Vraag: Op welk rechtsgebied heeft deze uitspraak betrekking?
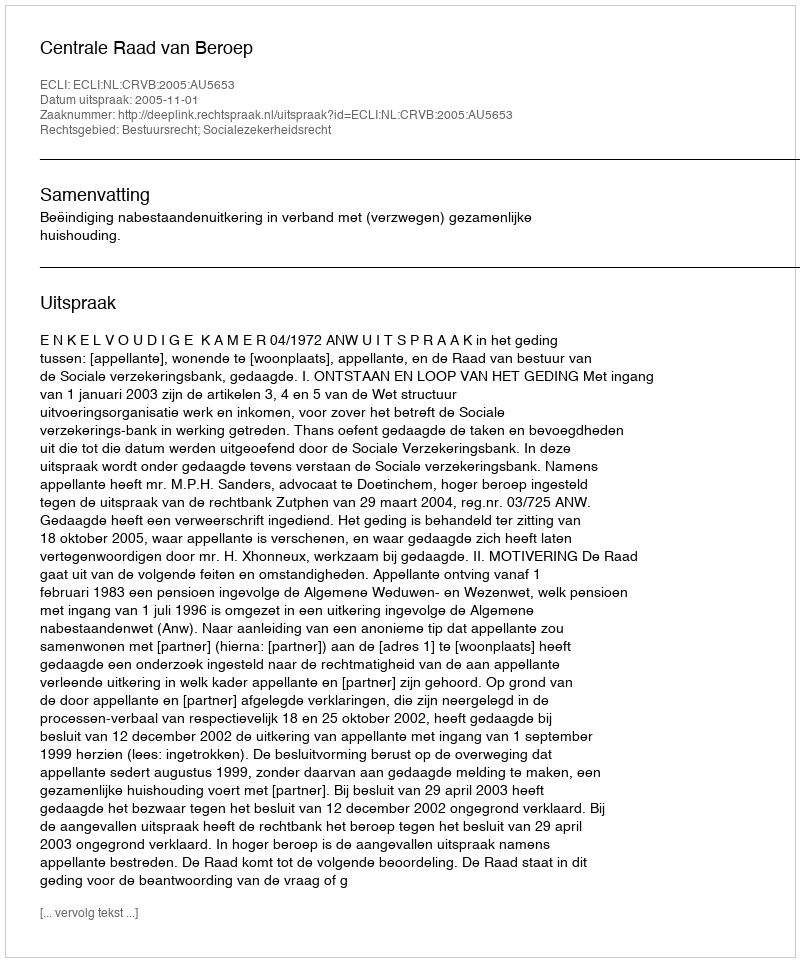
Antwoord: Bestuursrecht; Socialezekerheidsrecht